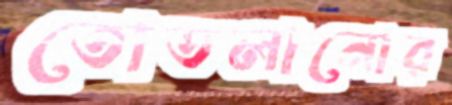
তোতলানোর